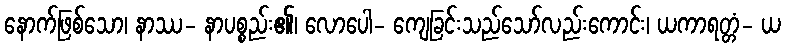
နောက်ဖြစ်သော၊ နာဿ- နာပစ္စည်း၏၊ လောပေါ- ကျေခြင်းသည်သော်လည်းကောင်း၊ ယကာရတ္တံ- ယ